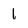
Character: 1